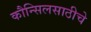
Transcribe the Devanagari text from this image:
कौन्सिलसाठीचे